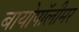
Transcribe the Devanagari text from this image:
बायोपॉलीमर